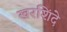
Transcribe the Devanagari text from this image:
खरशिंदे